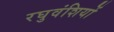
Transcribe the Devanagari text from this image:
रघुवंशियों